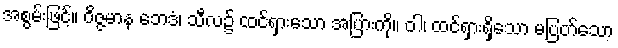
အစွမ်းဖြင့်။ ဝိဇ္ဇမာန ဘေဒံ၊ သီလ၌ ထင်ရှားသော အပြားကို။ ဝါ၊ ထင်ရှားရှိသော မပြတ်သော